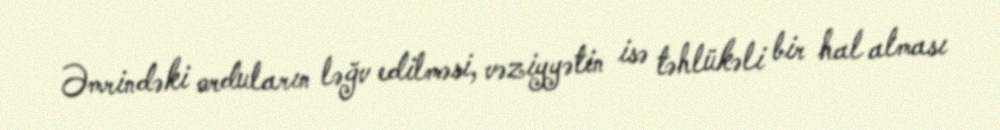
Əmrindəki orduların ləğv edilməsi, vəziyyətin isə təhlükəli bir hal alması